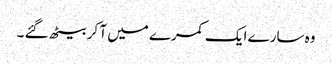
وہ سارے ایک کمرے میں آ کر بیٹھ گئے ۔